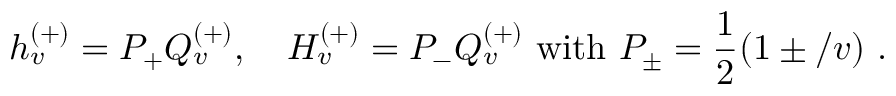
h _ { v } ^ { ( + ) } = P _ { + } Q _ { v } ^ { ( + ) } , \quad H _ { v } ^ { ( + ) } = P _ { - } Q _ { v } ^ { ( + ) } \mathrm { ~ w i t h ~ } P _ { \pm } = \frac { 1 } { 2 } ( 1 \pm \slash { v } ) \ .